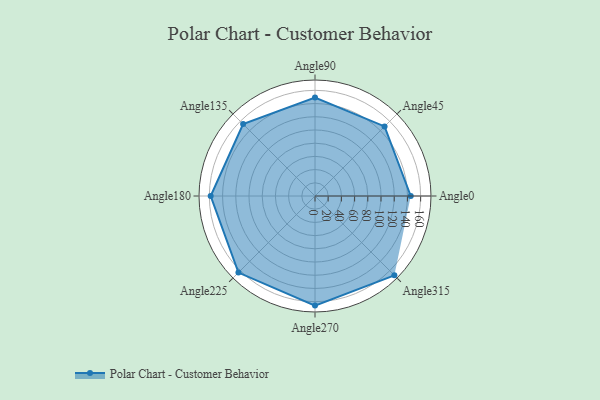
{"axis": {"x": "Angle", "y": "Radius"}, "legend": [""], "data": [{"x": "Angle0", "y": 145.0, "type": ""}, {"x": "Angle45", "y": 149.0, "type": ""}, {"x": "Angle90", "y": 149.0, "type": ""}, {"x": "Angle135", "y": 154.0, "type": ""}, {"x": "Angle180", "y": 158.0, "type": ""}, {"x": "Angle225", "y": 164.0, "type": ""}, {"x": "Angle270", "y": 166.0, "type": ""}, {"x": "Angle315", "y": 170, "type": ""}]}